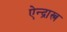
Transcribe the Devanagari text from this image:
ऐन्द्रास्त्र